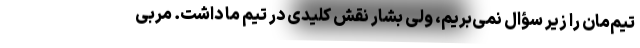
تیم‌مان را زیر سؤال نمی‌بریم، ولی بشار نقش کلیدی در تیم ما داشت. مربی